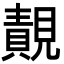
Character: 䚍